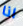
انا